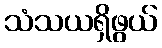
သံသယရှိဖွယ်